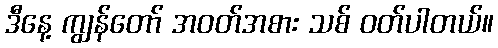
ဒီနေ့ ကျွန်တော် အဝတ်အစား သစ် ဝတ်ပါတယ်။